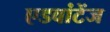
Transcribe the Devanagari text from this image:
एडवांटेंज